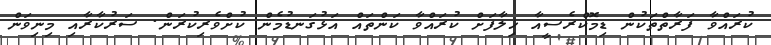
ކުރައްވާ ފަރާތްތަކުުން ޑިމޮކްރެސީއާ ޚިލާފަށް ކުރައްވާ ކަންތައް އަޅުގަނޑުމެން ކުށްވެރިކުރަން. ސަރުކާރާއި މިނިވަން